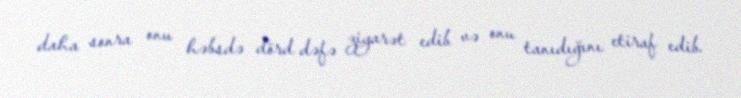
daha sonra onu həbsdə dörd dəfə ziyarət edib və onu tanıdığını etiraf edib.